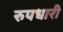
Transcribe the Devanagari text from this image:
रुपधारी